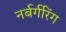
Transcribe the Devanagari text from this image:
नर्बर्गरिंग